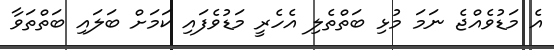
އެ މަޑުވެއްޖެ ނަމަ މުޅި ބަތްތެލި އެހެރީ މަޑުވެފައި ކަމަށް ބަލައި ބަތްތަވާ